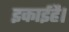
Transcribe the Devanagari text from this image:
इकाईहै।